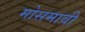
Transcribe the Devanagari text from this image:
मोसमावी